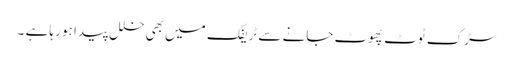
سڑک ٹوٹ پھوٹ جانے سے ٹریفک میں بھی خلل پیدا ہو رہا ہے ۔